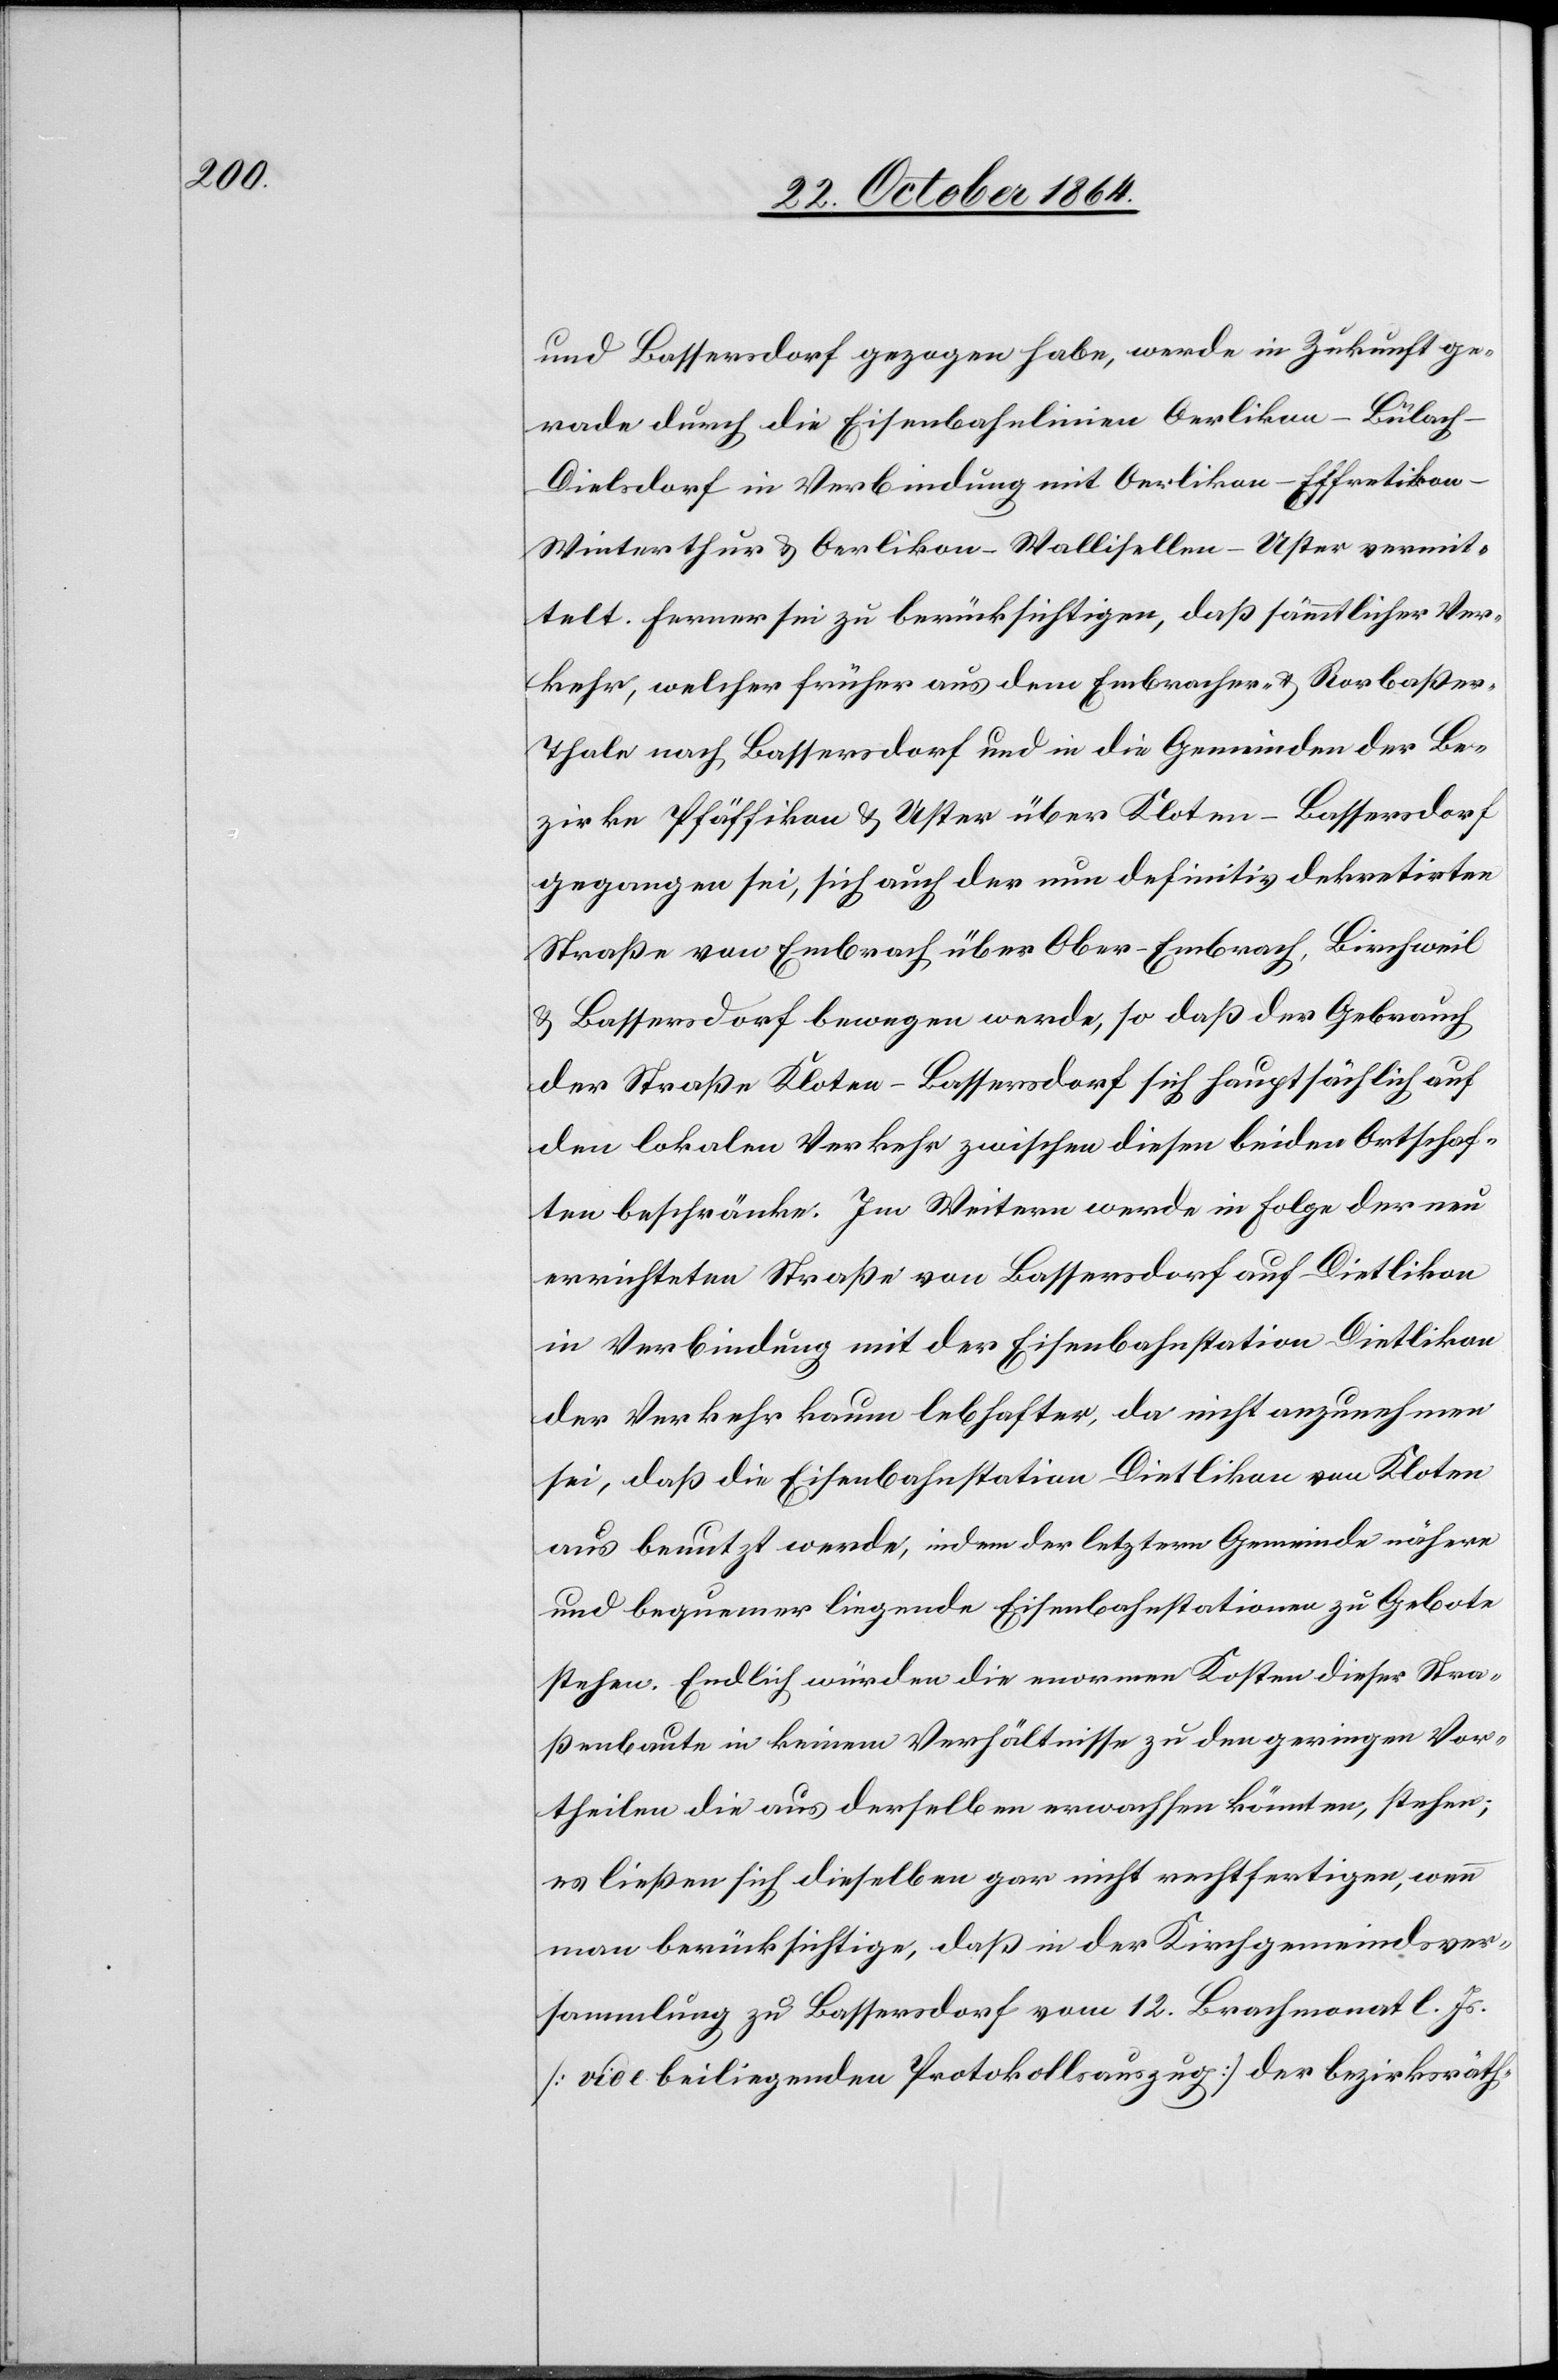
Stra¬

gerade durch die Eisenbahnlinien Oerlikon–Bülac¬
h–Dielsdorf in Verbindung mit Oerlikon–Effretiko¬
n–Winterthur & Oerlikon–Wallisellen–Uster vermit¬
telt. Ferner sei zu berücksichtigen, daß sämmtlicher Ver¬
kehr, welcher früher aus dem Embracher- & Rorbaßer-T¬
hale nach Bassersdorf und in die Gemeinden der Be¬
zirke Pfäffikon & Uster über Kloten–Bassersdorf
gegangen sei, sich auch der nun definitiv dekretirten
Straße von Embrach über Ober-Embrach, Birchweil
& Bassersdorf bewegen werde, so daß der Gebrauch
der Straße Kloten–Bassersdorf sich hauptsächlich auf
den lokalen Verkehr zwischen diesen beiden Ortschaf¬
ten beschränke. Im Weitern werde in Folge der neu
errichteten Straße von Bassersdorf auf Dietlikon
in Verbindung mit der Eisenbahnstation Dietlikon
der Verkehr kaum lebhafter, da nicht anzunehmen
sei, daß die Eisenbahnstationen zu Gebote stehen. Endlich
ßenbaute in keinem Verhältnisse zu den geringen Vor¬
theilen die aus derselben erwachsen, stehen; es
ließen sich dieselben gar nicht rechtfertigen, wenn
man berücksichtige, daß in der Kirchgemeindsver¬
sammlung zu Bassersdorf vom 12. Brachmonat l. Js.
[vide beiliegenden Protokollsauszug] der bezirksräth-